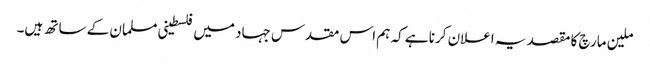
ملین مارچ کا مقصد یہ اعلان کرنا ہے کہ ہم اس مقدس جہاد میں فلسطینی مسلمان کے ساتھ ہیں۔